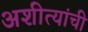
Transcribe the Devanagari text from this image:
अशीत्यांची